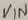
Text: VIN